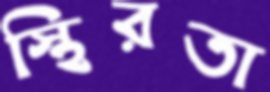
স্থিরতা